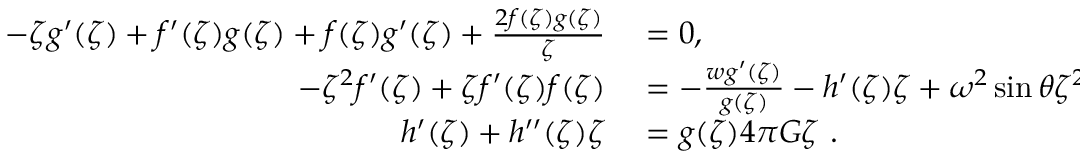
\begin{array} { r l } { - \zeta g ^ { \prime } ( \zeta ) + f ^ { \prime } ( \zeta ) g ( \zeta ) + f ( \zeta ) g ^ { \prime } ( \zeta ) + \frac { 2 f ( \zeta ) g ( \zeta ) } { \zeta } } & { { } = 0 , } \\ { - \zeta ^ { 2 } f ^ { \prime } ( \zeta ) + \zeta f ^ { \prime } ( \zeta ) f ( \zeta ) } & { { } = - \frac { w g ^ { \prime } ( \zeta ) } { g ( \zeta ) } - h ^ { \prime } ( \zeta ) \zeta + \omega ^ { 2 } \sin \theta \zeta ^ { 2 } , } \\ { h ^ { \prime } ( \zeta ) + h ^ { \prime \prime } ( \zeta ) \zeta } & { { } = g ( \zeta ) 4 \pi G \zeta \ . } \end{array}